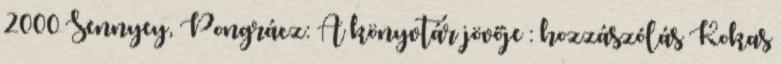
2000 Sennyey, Pongrácz: A könyvtár jövője : hozzászólás Kokas